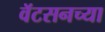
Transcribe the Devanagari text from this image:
वॅटसनच्या